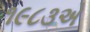
૧૯૮૩એ